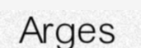
Arges